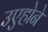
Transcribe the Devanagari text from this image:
उएहोने